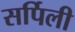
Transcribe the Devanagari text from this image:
सर्पिली